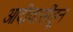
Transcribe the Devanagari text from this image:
आदीवासींहून